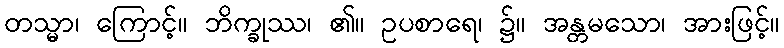
တသ္မာ၊ ကြောင့်။ ဘိက္ခုဿ၊ ၏။ ဥပစာရေ၊ ၌။ အန္တမသော၊ အားဖြင့်။